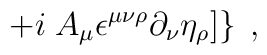
\left. + i \;A_\mu \epsilon ^{\mu \nu \rho }\partial _\nu \eta_\rho ] \right\}\;,